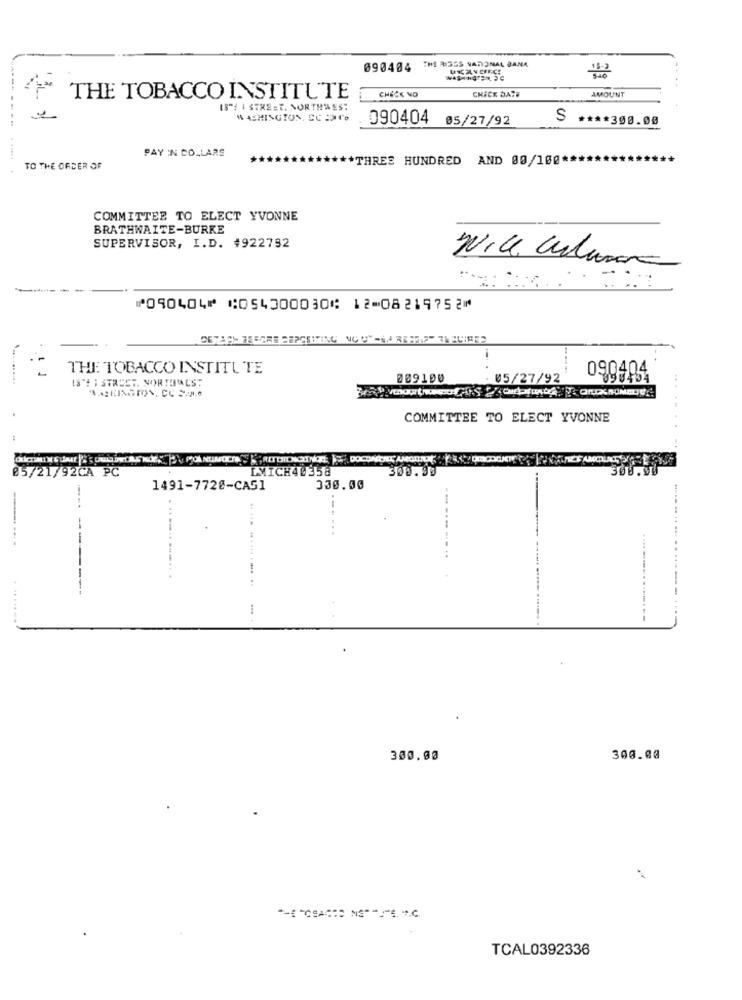
THE BISSS NATIONAL BANK
090404
....
CHECK NO
CHICK DATE
AMOUNT
THE TOBACCO INSTITUTE
15"! | STREET. NORTHWEST
WASHINGTON, CC DOHC'e
090404 05/27/92
S
**** 300.00
PAY IN DOLLARS
** THREE HUNDRED AND 00/100*
...... .
TO THE ORDER OF
COMMITTEE TO ELECT YVONNE
BRATHWAITE-BURKE
SUPERVISOR, I.D. #922792
Nice culane
-
---
: :.
⑈090404⑈ ⑆054000030⑆ 12⑉08219752⑈
THE TOBACCO INSTITUTE
090404
009100
: 05/27/92
IS"E I STREET. NORTHMALST
4.42HINGTON, CC SAN.e
COMMITTEE TO ELECT YVONNE
....
85/21/92CA PC
IMICH40358
300.
1491-7720-CAG1
330.00
-
. .. ..... ...... .
-. ..
-----
300.00
TCAL0392336